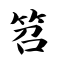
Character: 笤